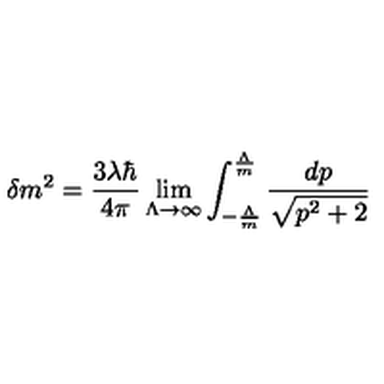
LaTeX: \delta m ^ { 2 } = \frac { 3 \lambda \hbar } { 4 \pi } \lim _ { \Lambda \rightarrow \infty } \int _ { - \frac { \Lambda } { m } } ^ { \frac { \Lambda } { m } } \frac { d p } { \sqrt { p ^ { 2 } + 2 } }